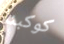
كوكبنا